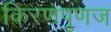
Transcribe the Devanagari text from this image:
किरणपुणज